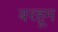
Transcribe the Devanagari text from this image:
बरहूम